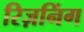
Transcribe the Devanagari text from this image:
रिज़निंग